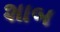
શાબ